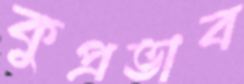
কুপ্রভাব